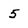
Character: 5